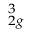
_ { 2 g } ^ { 3 }